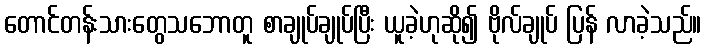
တောင်တန်းသားတွေသဘောတူ စာချုပ်ချုပ်ပြီး ယူခဲ့ဟုဆို၍ ဗိုလ်ချုပ် ပြန် လာခဲ့သည်။